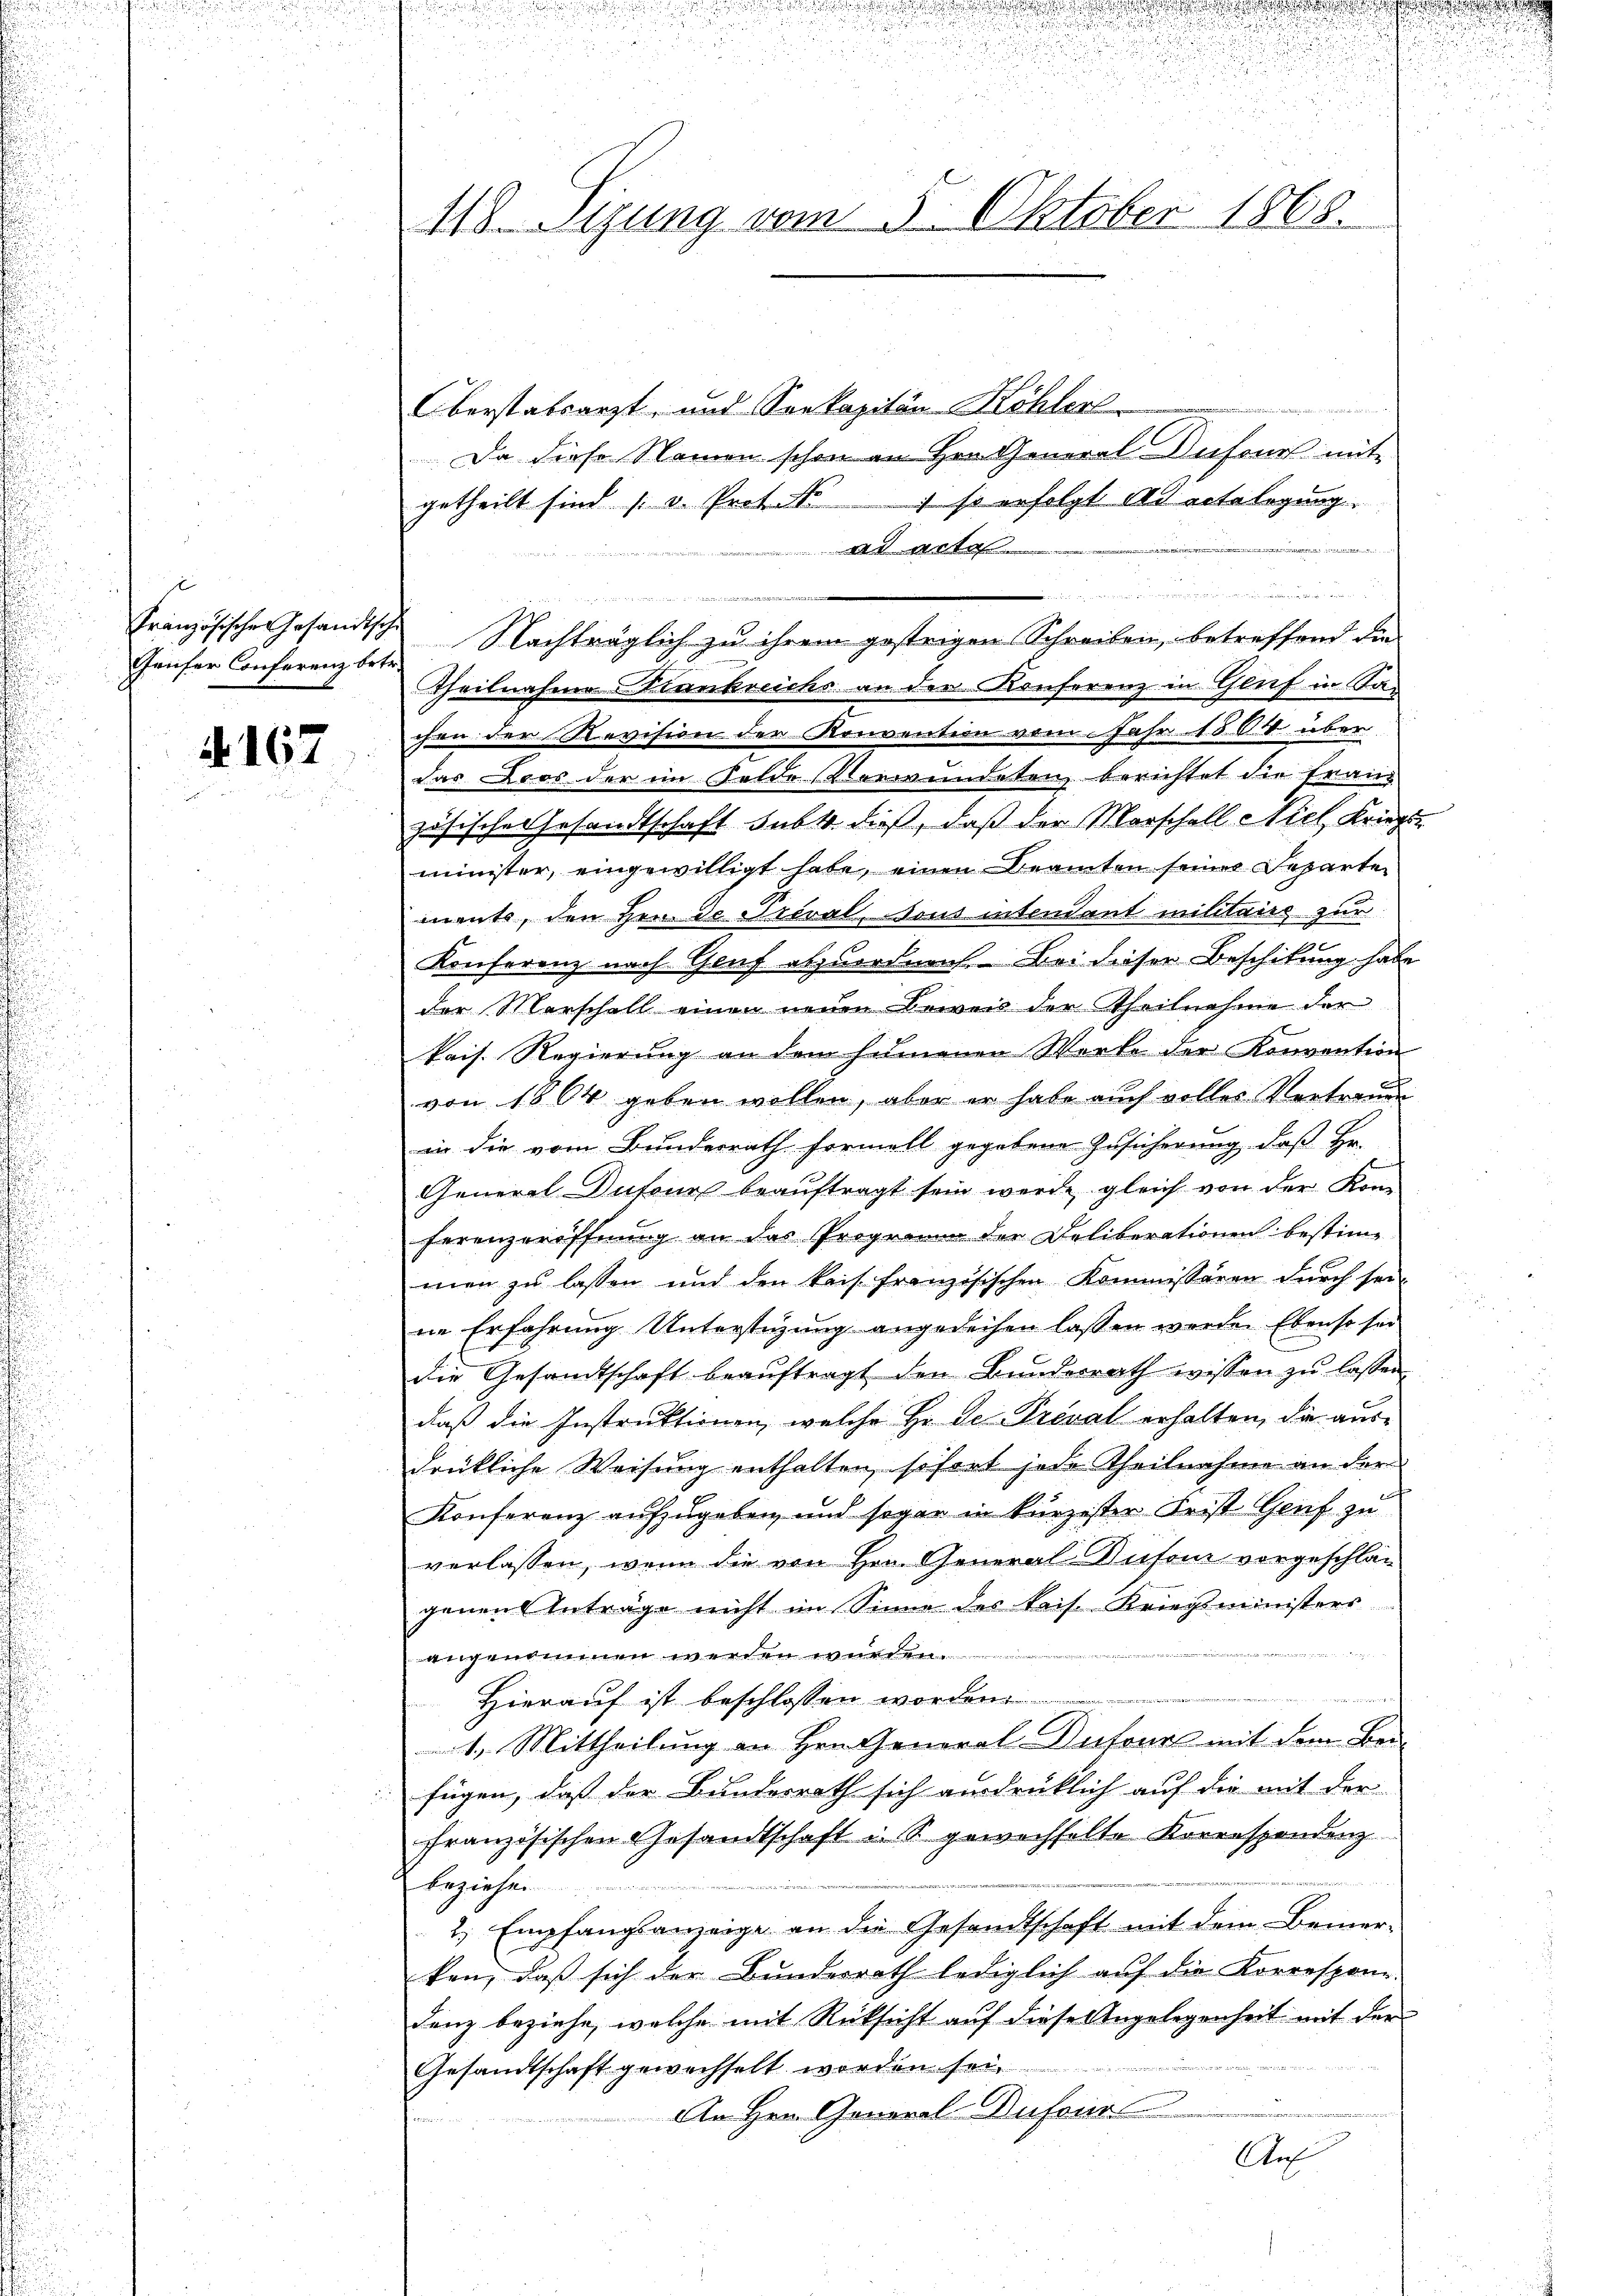
Geufer Conferenz betr.

d. 167

d

118. Setzung vom 5. Oktober 1868.

Oberstatsarzt, und Seekapitän Höhler
Da diese Namen schon an Hrn. General Dufours mit
getheilt sind (v. Prot. . . 1 so erfolgt ad ertelegung
ad acte
e
.
n
Französische Gesandtsche Nachträglich zu ihrem gestrigen Schreiben, betreffend die
Theilnahme Strankreichs an der Konferenz in Genf in San
chen der Revision der Konventern vom Jahr 1804 über
das Loos der im Felde Verwundeten berichtet die Franz
zösische Gesandtschaft subt. dieß, daß der Morschall Niel Kriegs
minister, eingewilligt habe, einen Beamten seiner Departen
mente, den Her de Préval, sous intendant militairs zur
Konferenz nach Genf abzuordnen. Bei dieser Beschikung habe
der Marschell einen neuen Beweis der Theilnahme der
kais. Regierung an dem hemmenen Werke der Konvention
von 1804 geben wollen, aber er habe auch volles Vertrauen
in die vom Bundesrath Formell gegebene Zusicherung, daß Hr.
General Dufour beauftragt sein werde, gleich von der Kom
ferenzeröffnung an das Programm der Deliberationen bestim-
men zu lassen und den Reis franzisischen Kommissären durch sei-
ne Erfahrung Unterstüzung angedeihen lassen werde. Ebenso sei
die Gesandtschaft beaŭftragt den Bundesrath wissen zŭ lassen
daß die Instruktionen, welche Hr. De Préval erhalten, die ausdrükliche Weisung enthalten, sofort jede Theilnahme an der
Konferenz aufzugeben, und sogar in kurzester Frist Genf zu
verlassen, wenn die von Hrn. General-Ausone vorgeschlag
genen Anträge nicht im Sinne des kais. Kriegsministers
angenommen werden würden.
e
Hierauf ist beschlossen worden
1.) Mittheilung an Hrn. General Infourl mit dem Beifügen, daß der Bundesrath sich ausdrücklich auf die mit der
französischen Gesandtschaft u. S. gewechselte Korrespondenz
a
beziehen.
2. Empfangsanzeige an die Gesandtschaft mit dem Bemer-
ken, daß sich der Bundesrath lediglich auf die Korrespon-
denz beziehe, welche mit Rücksicht auf diese Angelegenheit mit der
Gesandtschaft gewechselt worden sei.
An Hrn. General-Dufour
n
Auch

.